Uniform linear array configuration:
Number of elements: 24
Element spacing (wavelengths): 0.75
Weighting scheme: exponential
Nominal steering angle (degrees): -30
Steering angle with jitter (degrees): -30.566
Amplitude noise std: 0.05
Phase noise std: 0.05

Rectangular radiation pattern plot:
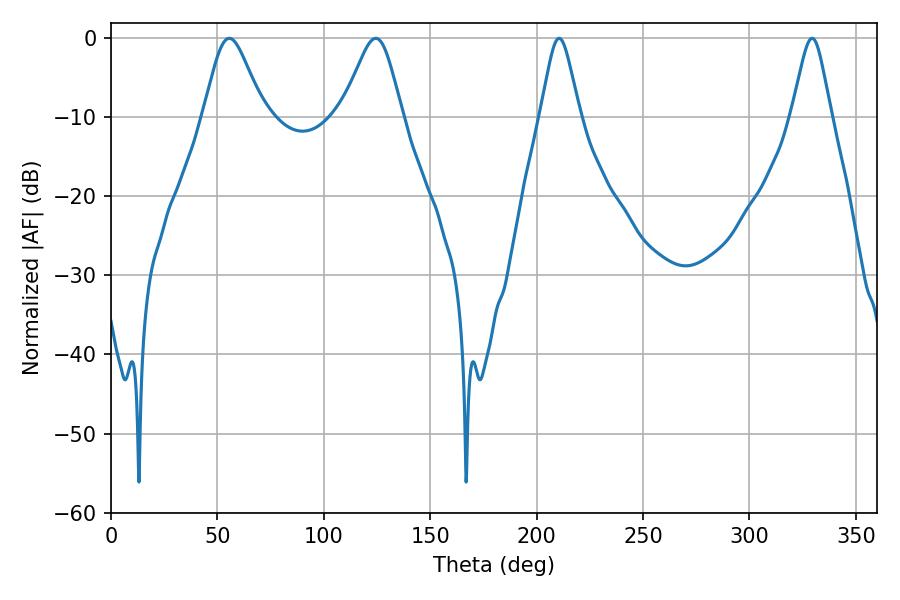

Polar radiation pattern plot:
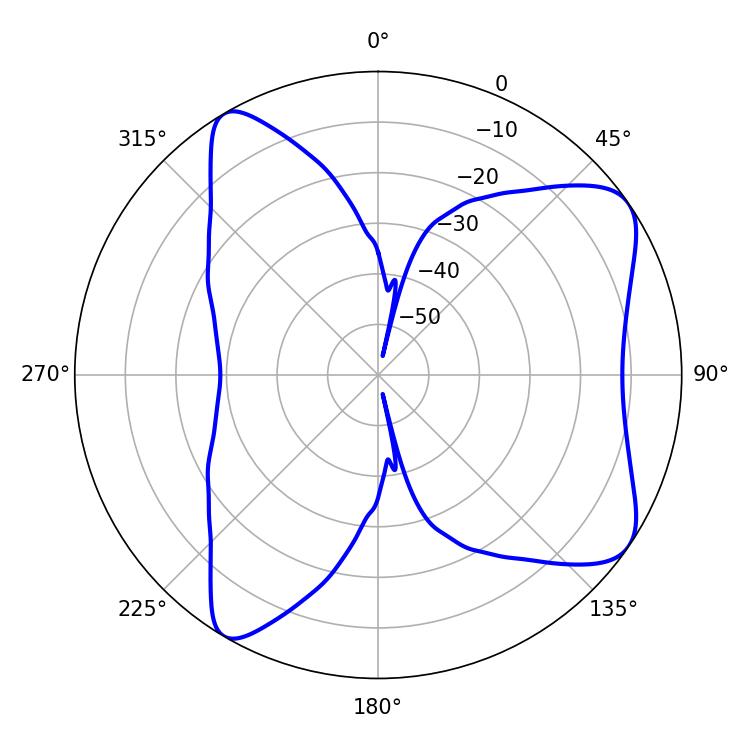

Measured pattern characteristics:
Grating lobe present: TRUE
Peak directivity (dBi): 7.975
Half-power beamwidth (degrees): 13.86
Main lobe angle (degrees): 55.62